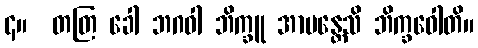
၄။  တတြ ခေါ ဘဂဝါ ဘိက္ခူ အာမန္တေသိ ဘိက္ခဝေါတိ။